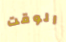
الوقت